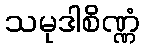
သမုဒါစိဏ္ဏံ